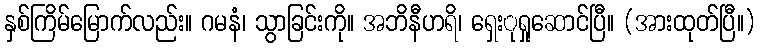
နှစ်ကြိမ်မြောက်လည်း။ ဂမနံ၊ သွာခြင်းကို။ အဘိနီဟရိ၊ ရှေးုရှုဆောင်ပြီ။ (အားထုတ်ပြီ။)